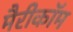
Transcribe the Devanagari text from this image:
मैरीकॉम